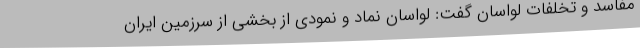
مفاسد و تخلفات لواسان گفت: لواسان نماد و نمودی از بخشی از سرزمین ایران